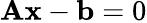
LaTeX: \mathbf{Ax}-\mathbf{b}=0